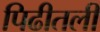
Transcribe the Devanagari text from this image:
पिढीतली